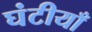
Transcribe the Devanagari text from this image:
घंटीयाँ